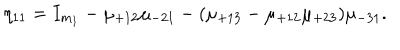
\eta _ { 1 1 } = I _ { m _ { 1 } } - \mu _ { + 1 2 } \mu _ { - 2 1 } - ( \mu _ { + 1 3 } - \mu _ { + 1 2 } \mu _ { + 2 3 } ) \mu _ { - 3 1 } .